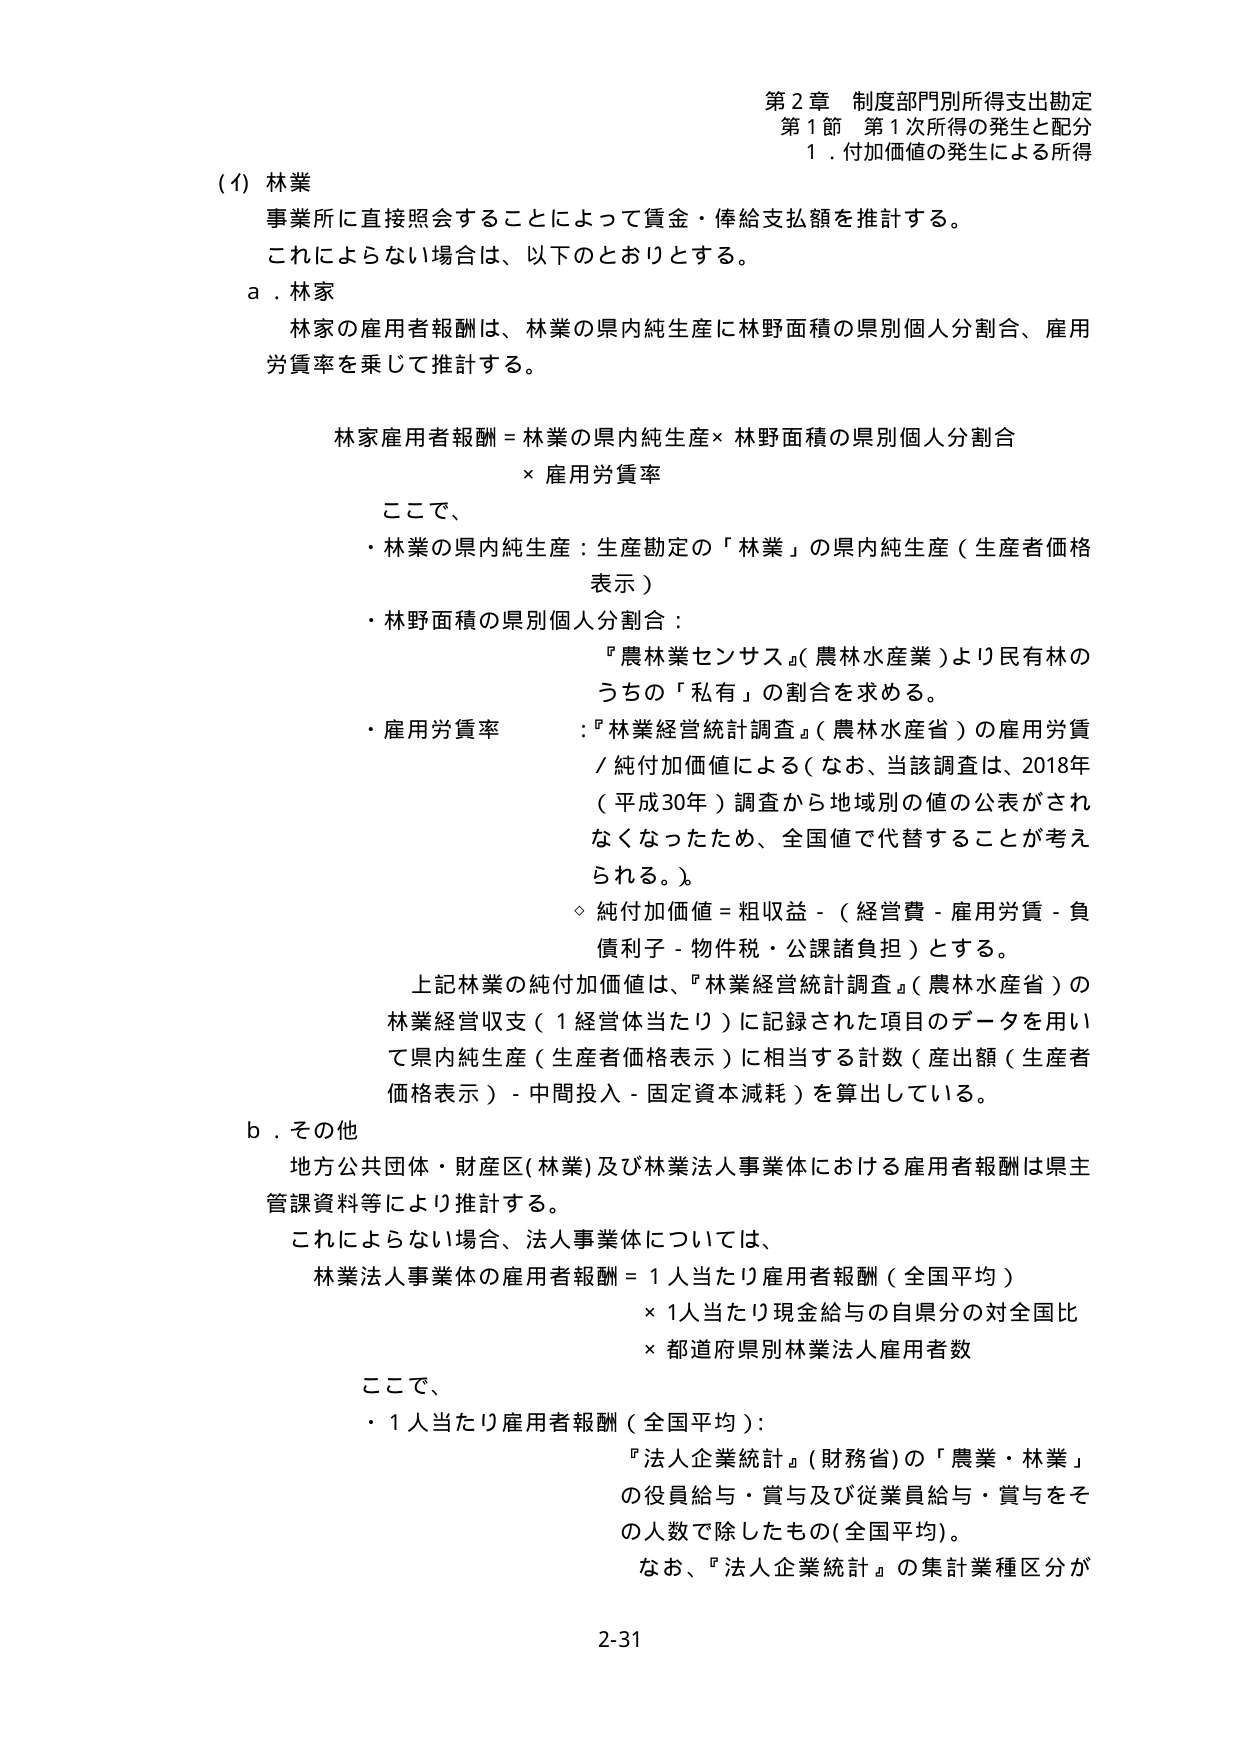
第２章 制度部門別所得支出勘定
第１節 第１次所得の発生と配分
１．付加価値の発生による所得

(1) 林業
事業所に直接照会することによって賃金・俸給支払額を推計する。
これによらない場合は、以下のとおりとする。

a．林家
林家の雇用者報酬は、林業の県内純生産に林野面積の県別個人分割合、雇用労賃率を乗じて推計する。

林家雇用者報酬＝林業の県内純生産×林野面積の県別個人分割合
　　　　　　　　×雇用労賃率

ここで、
・林業の県内純生産：生産勘定の「林業」の県内純生産（生産者価格表示）
・林野面積の県別個人分割合：
　『農林業センサス』（農林水産業）より民有林のうちの「私有」の割合を求める。
・雇用労賃率：『林業経営統計調査』（農林水産省）の雇用労賃／純付加価値による（なお、当該調査は、2018年（平成30年）調査から地域別の値の公表がされなくなったため、全国値で代替することが考えられる。）。
　◇ 純付加価値＝粗収益－（経営費－雇用労賃－負債利子－物件税・公課諸負担）とする。
上記林業の純付加価値は、『林業経営統計調査』（農林水産省）の林業経営収支（1経営体当たり）に記録された項目のデータを用いて県内純生産（生産者価格表示）に相当する計数（産出額（生産者価格表示）－中間投入－固定資本減耗）を算出している。

b．その他
地方公共団体・財産区（林業）及び林業法人事業体における雇用者報酬は県主管課資料等により推計する。
これによらない場合、法人事業体については、
林業法人事業体の雇用者報酬＝1人当たり雇用者報酬（全国平均）
　　　　　　　　　　　　　　×1人当たり現金給与の自県分の対全国比
　　　　　　　　　　　　　　×都道府県別林業法人雇用者数

ここで、
・1人当たり雇用者報酬（全国平均）：
　『法人企業統計』（財務省）の「農業・林業」の役員給与・賞与及び従業員給与・賞与をその人数で除したもの（全国平均）。
　なお、『法人企業統計』の集計業種区分が

2-31